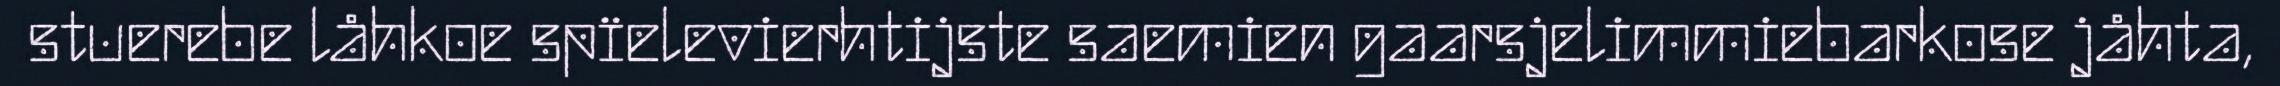
stuerebe låhkoe spïelevierhtijste saemien gaarsjelimmiebarkose jåhta,